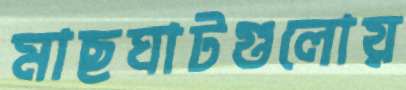
মাছঘাটগুলোয়